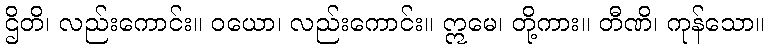
ဌိတိ၊ လည်းကောင်း။ ဝယော၊ လည်းကောင်း။ ဣမေ၊ တို့ကား။ တီဏိ၊ ကုန်သော။